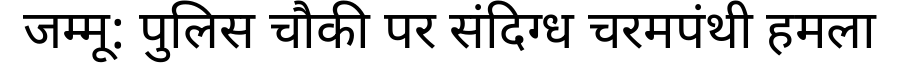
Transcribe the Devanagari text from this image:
जम्मू: पुलिस चौकी पर संदिग्ध चरमपंथी हमला